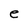
Character: e